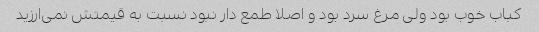
کباب خوب بود ولی مرغ سرد بود و اصلا طمع دار نبود نسبت به قیمتش نمی‌ارزید